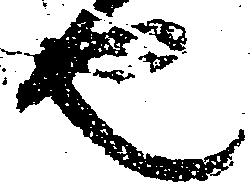
也